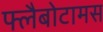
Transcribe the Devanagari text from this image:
फ्लैबोटामस